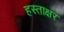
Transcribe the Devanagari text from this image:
हस्‍ताक्षर